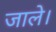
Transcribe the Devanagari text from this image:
जाले।